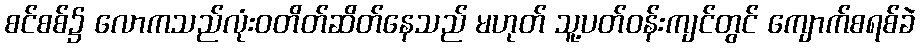
စင်စစ်၌ လောကသည်လုံးဝတိတ်ဆိတ်နေသည် မဟုတ် သူ့ပတ်ဝန်းကျင်တွင် ကျောက်စရစ်ခဲ